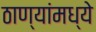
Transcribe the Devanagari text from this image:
ठाण्यांमध्ये